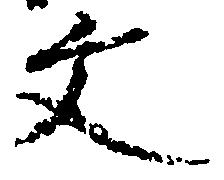
文